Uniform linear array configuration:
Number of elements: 48
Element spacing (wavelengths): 0.75
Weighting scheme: binomial
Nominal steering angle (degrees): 30
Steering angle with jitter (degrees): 29.148
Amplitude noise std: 0.05
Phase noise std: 0.05

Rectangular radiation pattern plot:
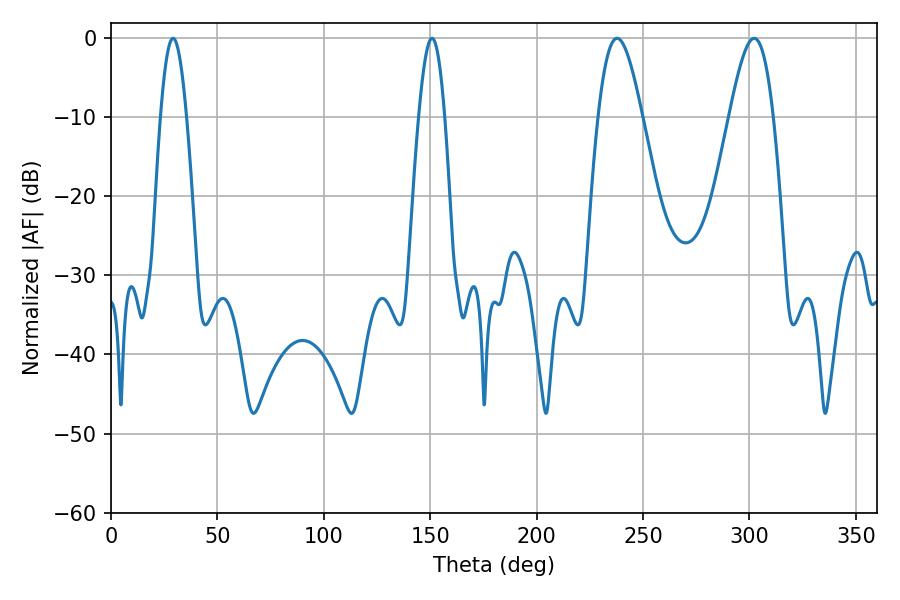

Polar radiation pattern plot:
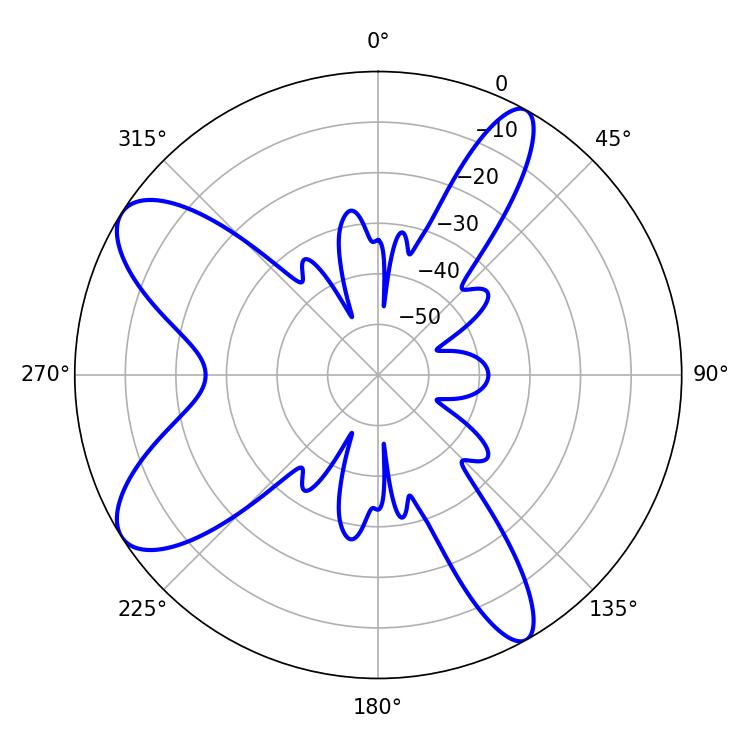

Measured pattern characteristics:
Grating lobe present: TRUE
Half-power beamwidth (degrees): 6.66
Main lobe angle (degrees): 29.16